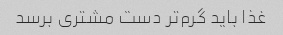
غذا باید گرم‌تر دست مشتری برسد